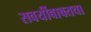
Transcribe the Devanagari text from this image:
सवयींबाबतचा